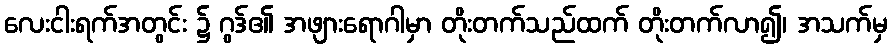
လေးငါးရက်အတွင်း ၌ ဂွဒ်၏ အဖျားရောဂါမှာ တိုးတက်သည်ထက် တိုးတက်လာ၍၊ အသက်မှ